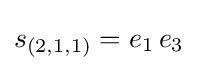
s_{(2,1,1)}=e_{1}\,e_{3}